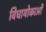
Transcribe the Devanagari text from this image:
विधायोकाओं